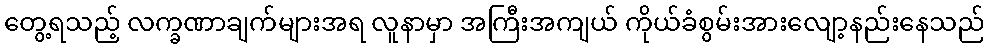
တွေ့ရသည့် လက္ခဏာချက်များအရ လူနာမှာ အကြီးအကျယ် ကိုယ်ခံစွမ်းအားလျော့နည်းနေသည်